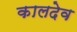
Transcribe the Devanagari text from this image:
कालदेव